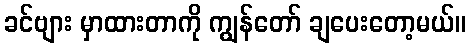
ခင်ဗျား မှာထားတာကို ကျွန်တော် ချပေးတော့မယ်။